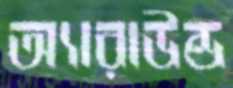
অ্যারাউন্ড